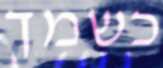
כשמך